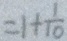
= 1 + \frac { 1 } { 1 0 }